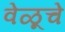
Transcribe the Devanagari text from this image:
वेळूचे